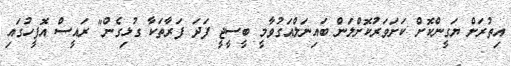
އިތުރަށް ޔަގީންކޮށް ކަށަވަރުކޮށްލަން ބައިނަލްއަގުވާމީ ބީސީޖީ ފަދަ ފަރާތަކާ ގުޅިގެން" ރައީސް އޮފީހުގައި